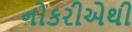
નોકરીએથી